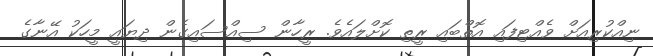
ނިއްކުރިއަށް ވެއްޓިފައި އޮތްބައި ރީތި ކޮށްލައެވެ. ރީހާން ސިއްސައިގެން ދިޔައީ މީހަކު އޭނާގެ